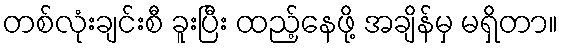
တစ်လုံးချင်းစီ ခူးပြီး ထည့်နေဖို့ အချိန်မှ မရှိတာ။